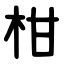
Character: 柑